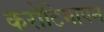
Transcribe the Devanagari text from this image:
करोटिमापन